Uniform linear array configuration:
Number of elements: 12
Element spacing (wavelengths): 1
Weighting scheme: hann
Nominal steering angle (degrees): -30
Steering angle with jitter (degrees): -31.027
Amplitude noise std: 0.05
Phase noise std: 0.05

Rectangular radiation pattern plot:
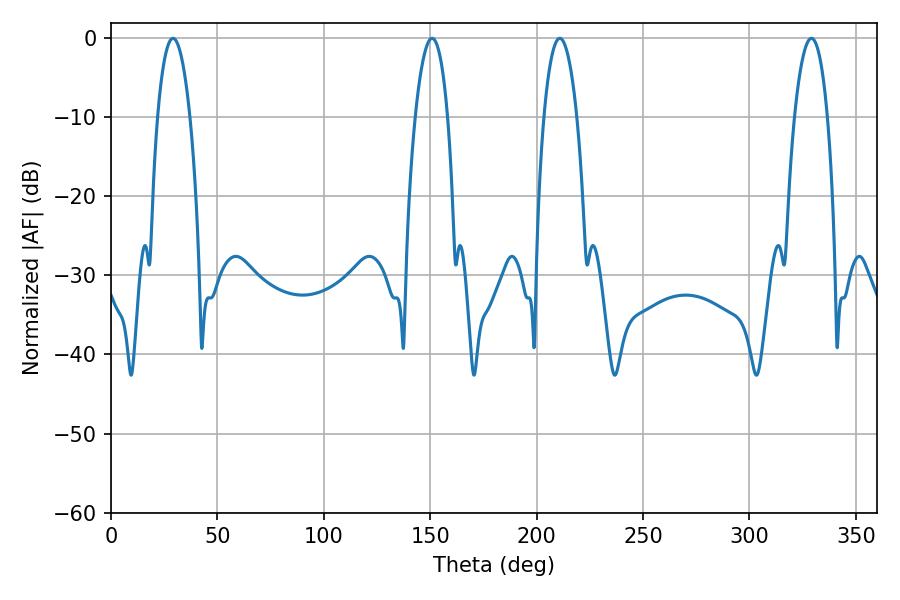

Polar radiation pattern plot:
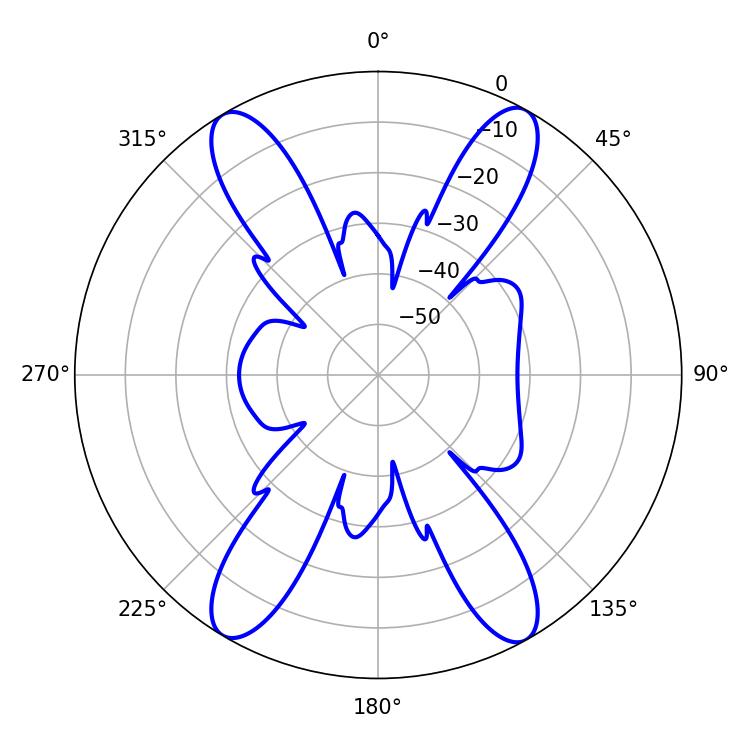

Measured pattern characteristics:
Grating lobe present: TRUE
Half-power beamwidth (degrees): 8.46
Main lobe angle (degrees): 29.16